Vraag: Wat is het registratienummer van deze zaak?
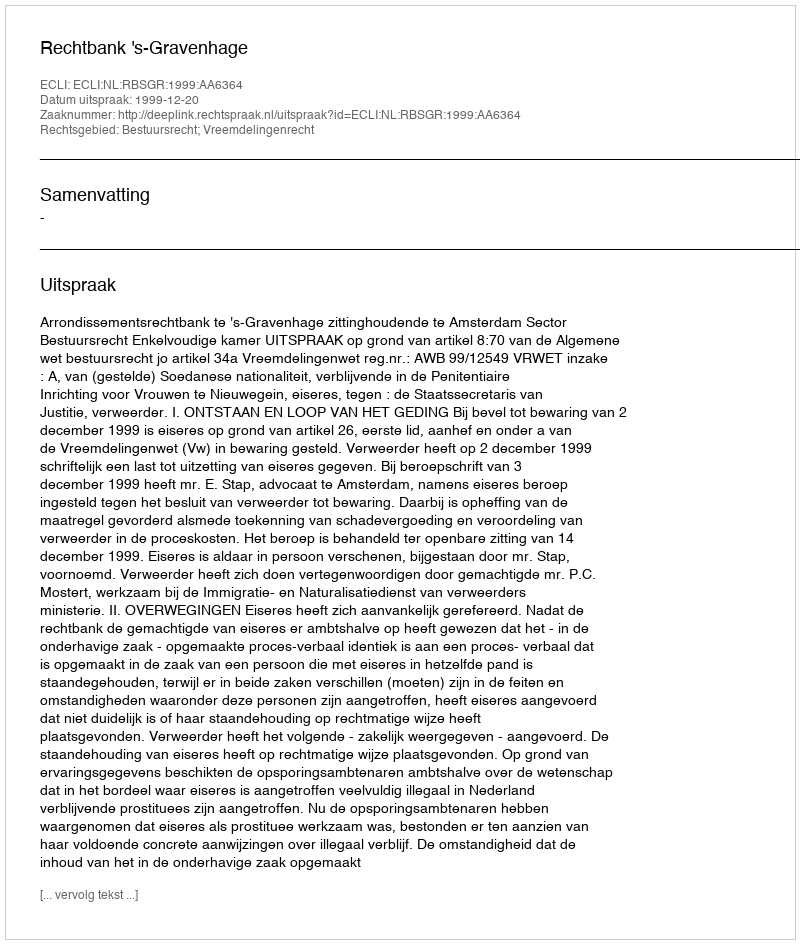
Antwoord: http://deeplink.rechtspraak.nl/uitspraak?id=ECLI:NL:RBSGR:1999:AA6364